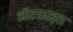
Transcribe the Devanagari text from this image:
ऑटफ्राइड